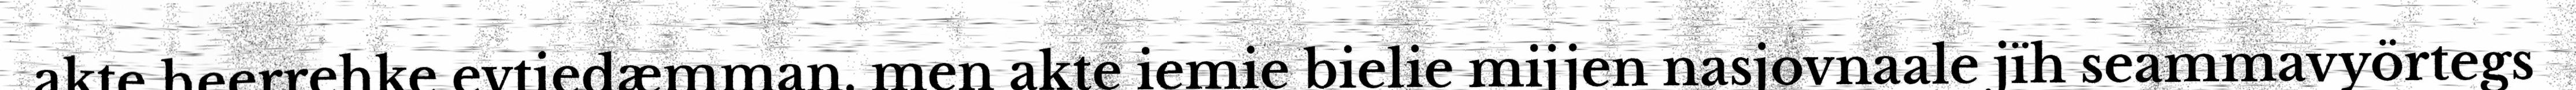
akte heerrehke evtiedæmman, men akte iemie bielie mijjen nasjovnaale jïh seammavyörtegs